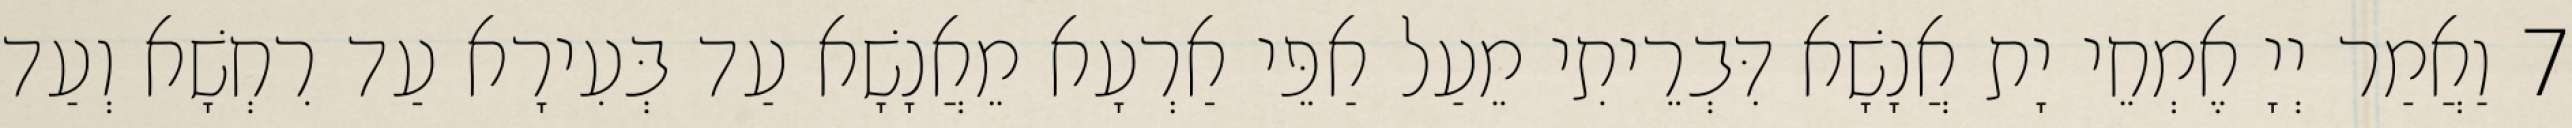
7 וַאֲמַר יְיָ אֶמְחֵי יָת אֲנָשָׁא דִּבְרֵיתִי מֵעַל אַפֵּי אַרְעָא מֵאֲנָשָׁא עַד בְּעִירָא עַד רִחְשָׁא וְעַד